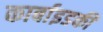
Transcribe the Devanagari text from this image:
कार्बाइडकी